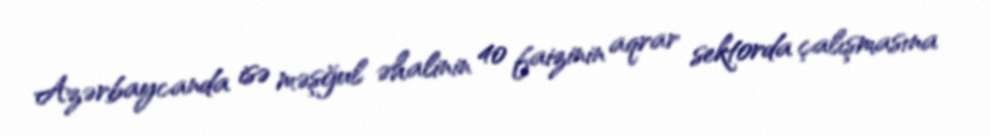
Azərbaycanda isə məşğul əhalinin 40 faizinin aqrar sektorda çalışmasına